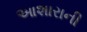
આશારાની